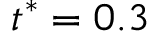
t ^ { * } = 0 . 3